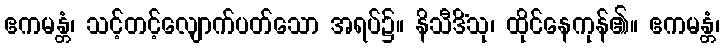
ဧကမန္တံ၊ သင့်တင့်လျောက်ပတ်သော အရပ်၌။ နိသီဒိံသု၊ ထိုင်နေကုန်၏။ ဧကမန္တံ၊